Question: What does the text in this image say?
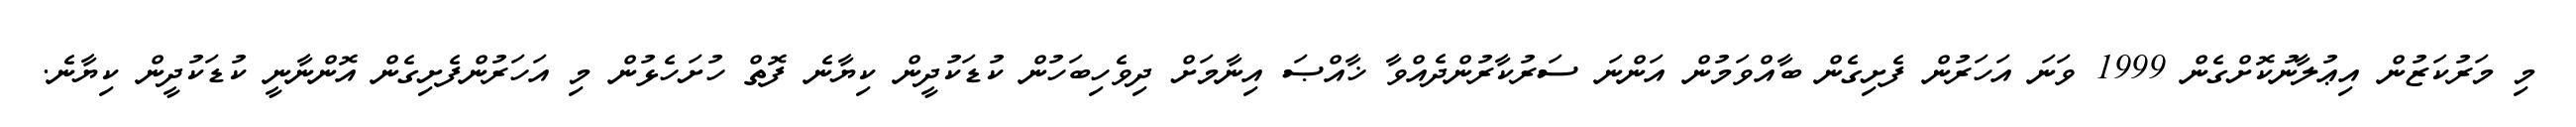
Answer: މި މަރުކަޒުން އިޢުލާނުކޮށްގެން 1999 ވަނަ އަހަރުން ފެށިގެން ބާއްވަމުން އަންނަ ސަރުކާރުންދެއްވާ ޚާއްޞަ އިނާމަށް ދިވެހިބަހުން ކުޑަކުދީން ކިޔާނެ ފޮތް ހުށަހެޅުން މި އަހަރުންފެށިގެން އޮންނާނީ ކުޑަކުދީން ކިޔާނެ.